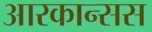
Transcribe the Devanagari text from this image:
आरकान्सस